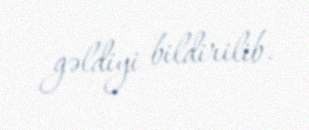
gəldiyi bildirilib.